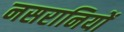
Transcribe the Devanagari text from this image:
नसरानियों